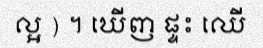
ល្អ ) ។ ឃើញ ផ្ទះ ឈើ